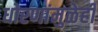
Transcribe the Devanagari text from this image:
धोरणांमुळेही